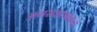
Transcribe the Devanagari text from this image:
अमरदासबाबांची